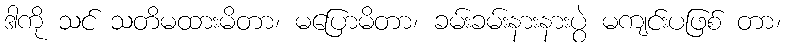
ဒါကို သင် သတိမထားမိတာ၊ မပြောမိတာ၊ ခမ်းခမ်းနားနားပွဲ မကျင်းပဖြစ် တာ၊